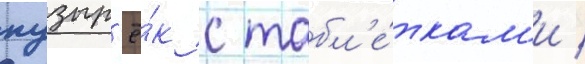
пузыр'ё́к с табл'е́ткам'и /